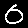
Digit: 0